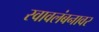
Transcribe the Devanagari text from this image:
स्वावलंबनावर